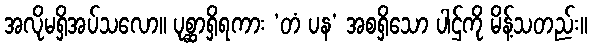
အလိုမရှိအပ်သလော။ ပုစ္ဆာရှိရကား ‘တံ ပန’ အစရှိသော ပါဌ်ကို မိန့်သတည်း။